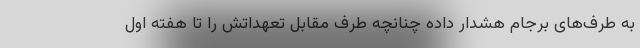
به طرف‌های برجام هشدار داده چنانچه طرف مقابل تعهداتش را تا هفته اول